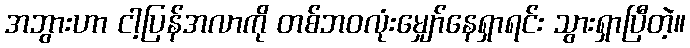
အဘွားဟာ ငါ့ပြန်အလာကို တစ်ဘဝလုံးမျှော်နေရှာရင်း သွားရှာပြီတဲ့။